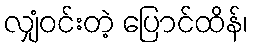
လျှံဝင်းတဲ့ ပြောင်ထိန်၊